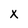
Character: X